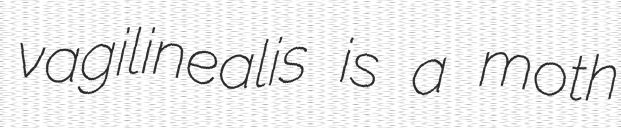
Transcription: vagilinealis is a moth